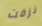
نزفت